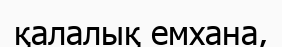
қалалық емхана,